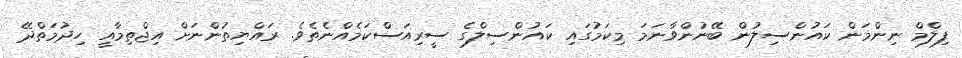
ފިލްމް ނިންމަން ކައުންސިލުން ބޭނުންވާނަމަ މިކަމުގައި ކައުންސިލްގެ ސީރިއަސްކަމެއްނެތެވެ. ރައްޔިތުންނަށް އިޖްތިމާއީ ހިދުމަތްދޭ